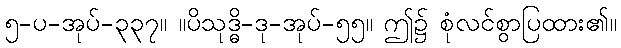
၅-ပ-အုပ်-၃၃၇။ ။ပိသုဒ္ဓိ-ဒု-အုပ်-၅၅။ ဤ၌ စုံလင်စွာပြထား၏။